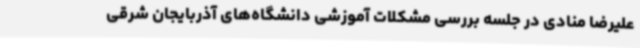
علیرضا منادی در جلسه بررسی مشکلات آموزشی دانشگاه‌های آذربایجان شرقی